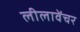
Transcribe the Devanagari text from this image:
लीलावेंचर